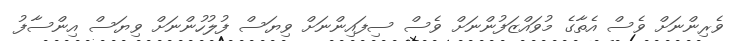
ވެރިންނަށް ވެސް އެތާގެ މުވައްޒަފުންނަށް ވެސް ސިފައިންނަށް ވިޔަސް ފުލުހުންނަށް ވިޔަސް އިންސާފު